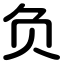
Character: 负